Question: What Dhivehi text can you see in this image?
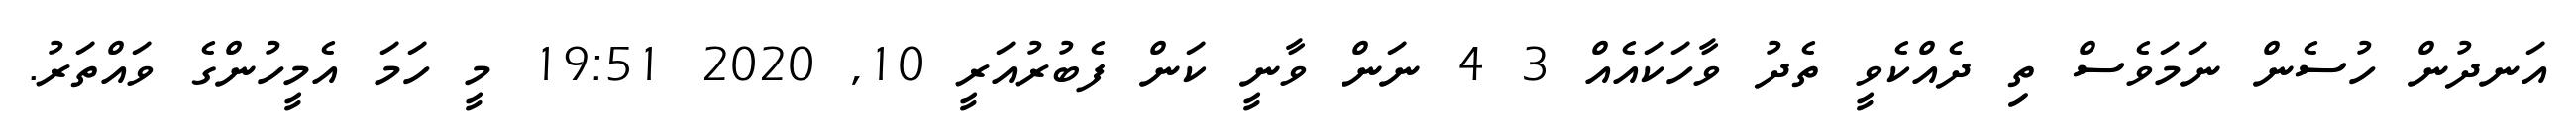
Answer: އަނދުން ހުސެން ނަމަވެސް ތި ދެއްކެވީ ތެދު ވާހަކައެއް 3 4 ނަން ވާނީ ކަން ފެބުރުއަރީ 10, 2020 19:51 މީ ހަމަ އެމީހުންގެ ވައްތަރު.